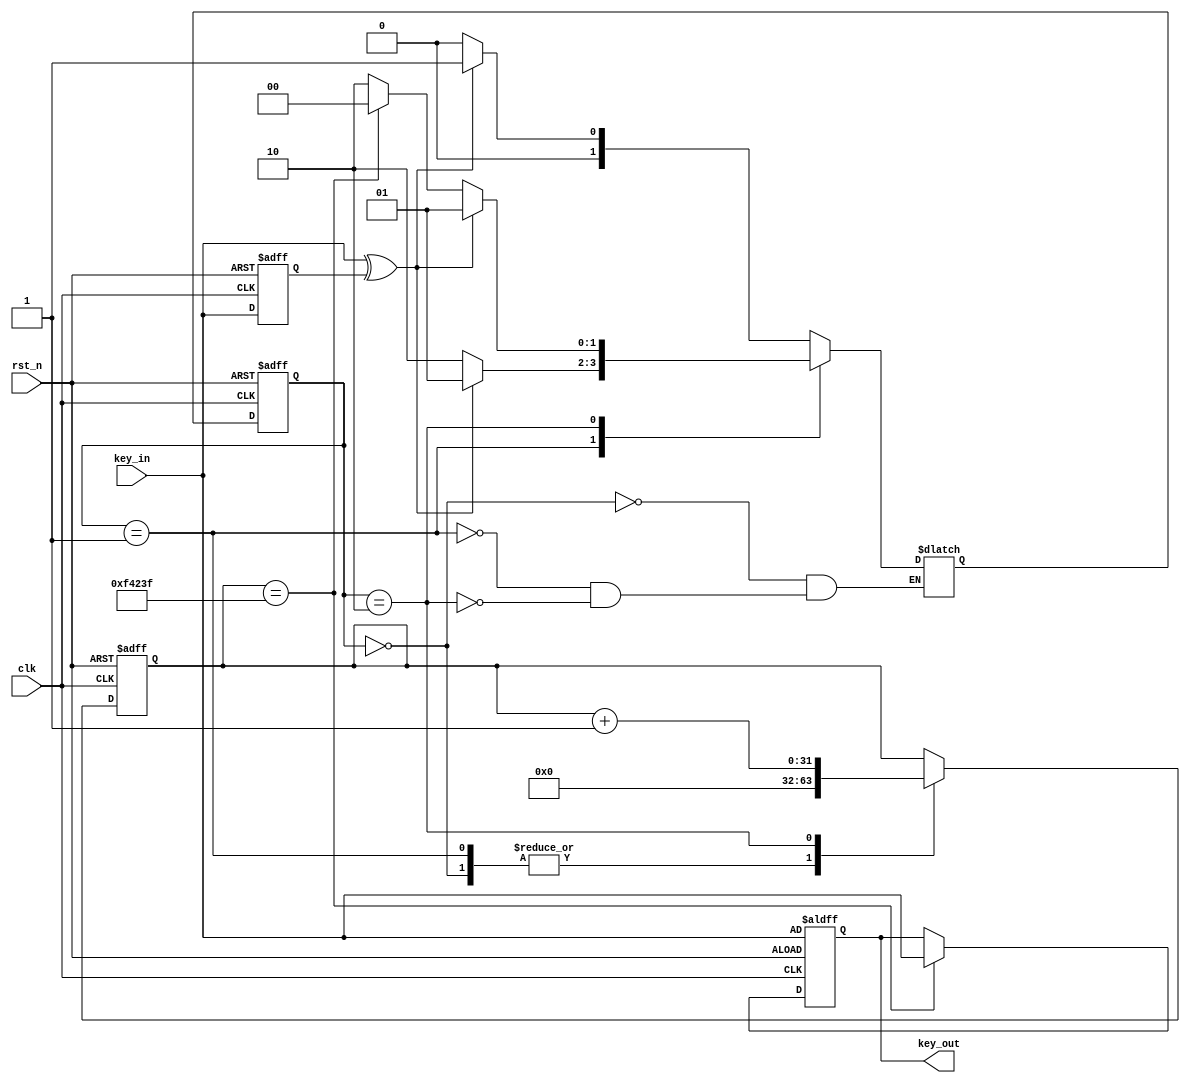
//  Key_Debounce kd (
//      .clk     (      ),
//      .rst_n   (      ),
//      .key_in  (      ),
//      .key_out (      )
//  );


module Key_Debounce (
    input       clk         ,
    input       rst_n       ,
    input       key_in      ,
    output reg  key_out
);

parameter N = 32 ;           // debounce timer bitwidth
parameter FREQ = 50;         // model clock :Mhz
parameter MAX_TIME = 20;     // ms
localparam TIMER_MAX_VAL =   MAX_TIME * 1000 * FREQ  - 1 ; // 
/* 
     50MHz20ms
     50MHz * 20ms = 1000 * 1000 
    20bit
 */

reg key_in_d0;//
wire key_in_flip;
always @(posedge clk or negedge rst_n) begin
    if(~rst_n) begin
        key_in_d0 <= 1'b1;
    end
    else begin
        key_in_d0 <= key_in;
    end
end
assign key_in_flip = key_in ^ key_in_d0;


reg [N-1:0] cnt;
reg [1:0] c_stat;
reg [1:0] n_stat;
localparam idle     = 2'b0;
localparam flip     = 2'b1;
localparam counting = 2'd2;

// c_stat & n_stat
always @(posedge clk or negedge rst_n) begin
	if(~rst_n)
		c_stat<=1'b0;
	else
		c_stat<=n_stat;
end
// status changing 
always@(*) begin
	case(c_stat)
        idle: begin
            n_stat = (key_in_flip==1'b1) ? flip : idle ;
        end
        flip: begin
            n_stat = (key_in_flip==1'b1) ? flip : counting ;
        end
        counting : begin
            if (key_in_flip == 1'b1) begin
                n_stat = flip;
            end
            else if (cnt == TIMER_MAX_VAL)
                n_stat = idle;
            else 
                n_stat = counting;
        end
    endcase
end

// 
always @(posedge clk or negedge rst_n) begin
    if(~rst_n)begin
        cnt<='b0;
    end
    else begin
        case (c_stat)
            idle     : cnt <= 'b0       ;
            flip     : cnt <= 'b0       ;
            counting : cnt <=  cnt+1'b1 ;
        endcase
    end
end

always @(posedge clk or negedge rst_n) begin
    if (~rst_n) begin //  
        key_out <= key_in;
    end
    else begin
        if (cnt == TIMER_MAX_VAL)// 
            key_out <= key_in;
    end
end 

endmodule